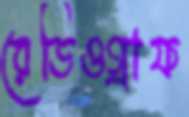
রেডিওগ্রাফ